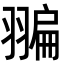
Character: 𦑮